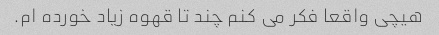
هیچی واقعا فکر می کنم چند تا قهوه زیاد خورده ام.